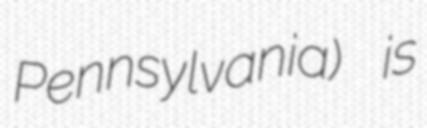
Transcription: Pennsylvania) is